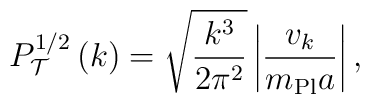
P_{\cal T}^{1/2}\left(k\right) = \sqrt{k^3 \over 2 \pi^2} \left|{v_k \over m_{\rm Pl} a}\right|,